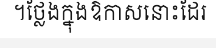
។ថ្លែងក្នុងឱកាសនោះដែរ